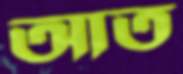
আত